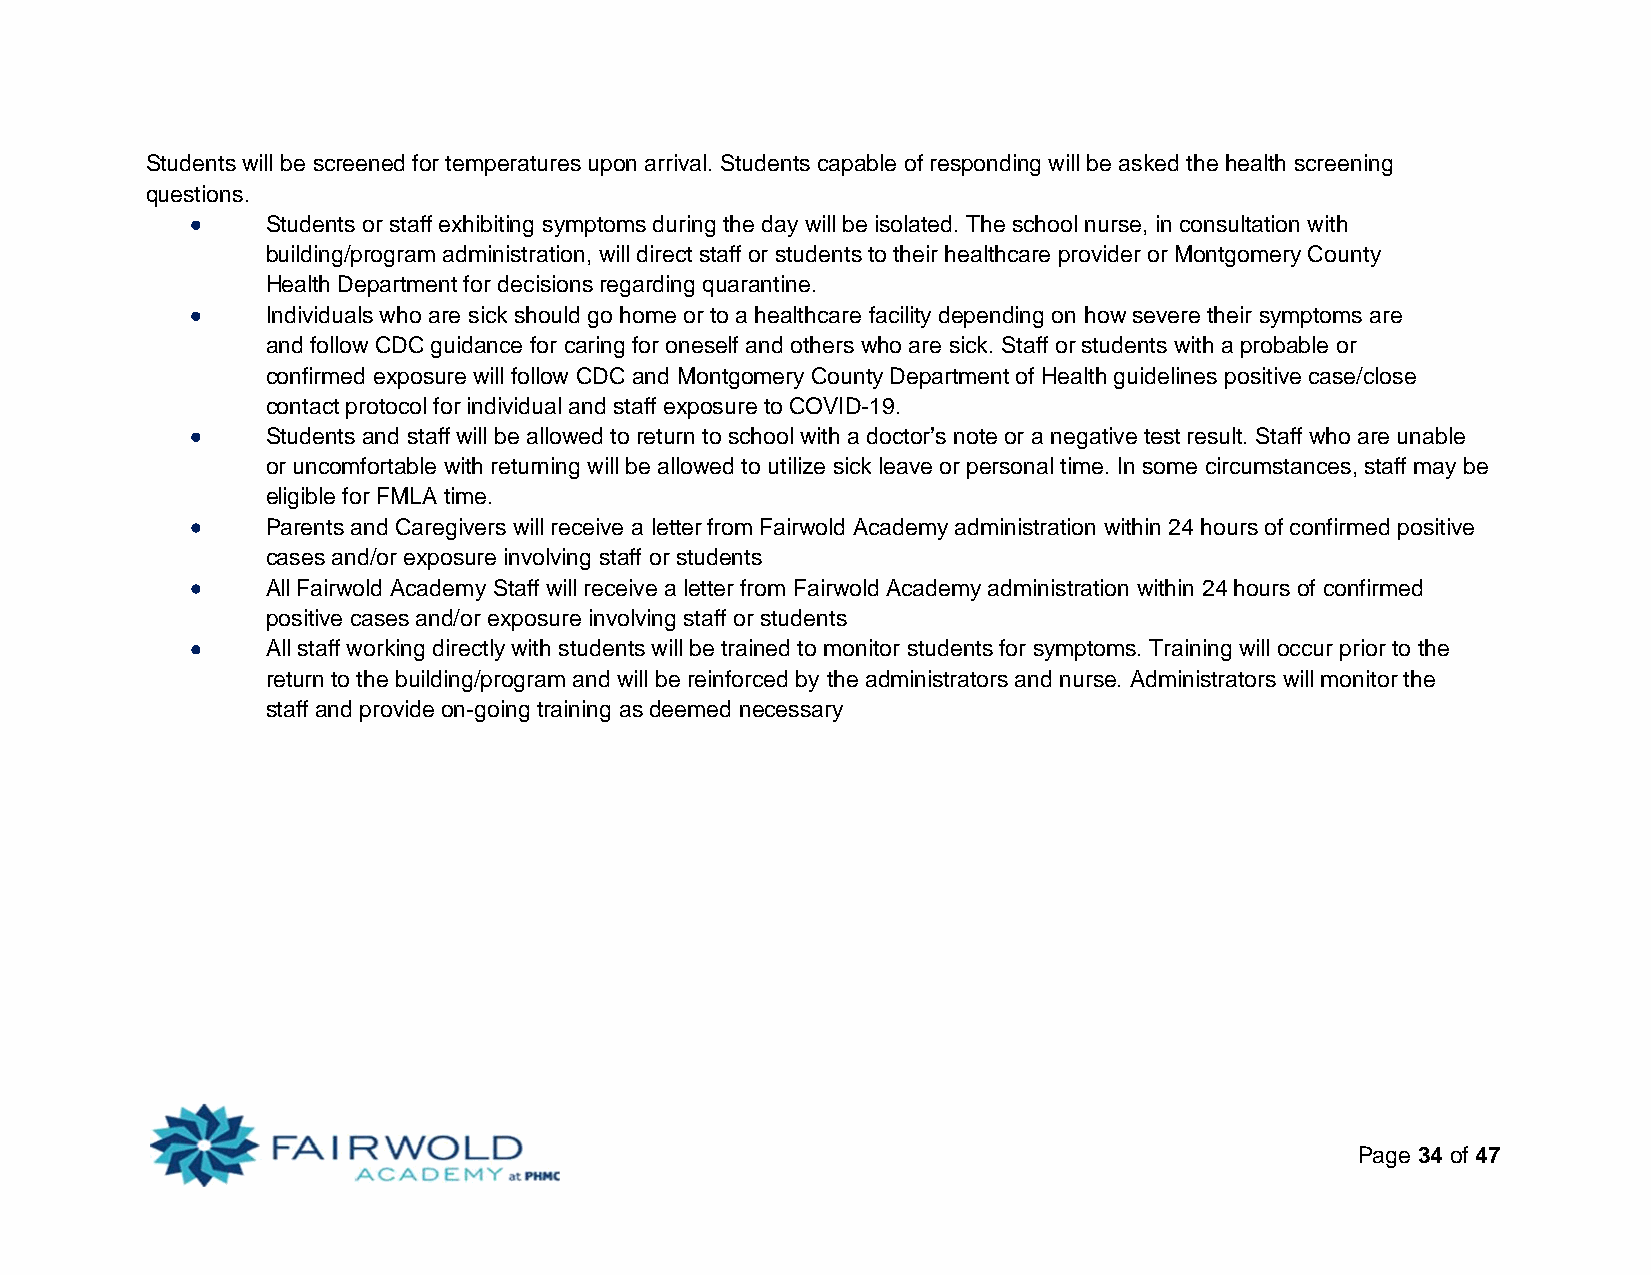
Students will be screened for temperatures upon arrival. Students capable of responding will be asked the health screening
 questions.
     Students or staff exhibiting symptoms during the day will be isolated. The school nurse, in consultation with
 building/program administration, will direct staff or students to their healthcare provider or Montgomery County
 Health Department for decisions regarding quarantine.
     Individuals who are sick should go home or to a healthcare facility depending on how severe their symptoms are
 and follow CDC guidance for caring for oneself and others who are sick. Staff or students with a probable or
 confirmed exposure will follow CDC and Montgomery County Department of Health guidelines positive case/close
 contact protocol for individual and staff exposure to COVID-19.
     Students and staff will be allowed to return to school with a doctor’s note or a negative test result. Staff who are unable
 or uncomfortable with returning will be allowed to utilize sick leave or personal time. In some circumstances, staff may be
 eligible for FMLA time.
     Parents and Caregivers will receive a letter from Fairwold Academy administration within 24 hours of confirmed positive
 cases and/or exposure involving staff or students
     All Fairwold Academy Staff will receive a letter from Fairwold Academy administration within 24 hours of confirmed
 positive cases and/or exposure involving staff or students
     All staff working directly with students will be trained to monitor students for symptoms. Training will occur prior to the
 return to the building/program and will be reinforced by the administrators and nurse. Administrators will monitor the
 staff and provide on-going training as deemed necessary
 Page 34 of 47